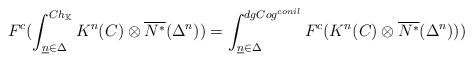
LaTeX: \begin{align*}F^c(\int_{\underline{n}\in\Delta}^{Ch_{\mathbb{K}}}K^n(C)\otimes \overline{N^*}(\Delta^n))=\int_{\underline{n}\in\Delta}^{dgCog^{conil}}F^c(K^n(C)\otimes \overline{N^*}(\Delta^n)))\end{align*}